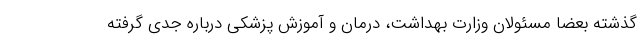
گذشته بعضا مسئولان وزارت بهداشت، درمان و آموزش پزشکی درباره جدی گرفته